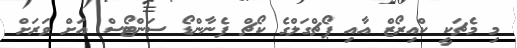
މި މެޗަކީ ކްއިރޯޒް އާއި ޕޯޗްގަލްގެ ކޯޗް ފެނާންޑޯ ސަންޓޯސް އަށް ވަރަށް